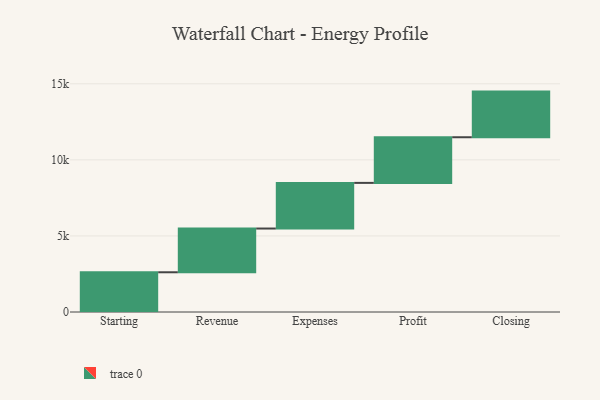
{"axis": {"x": "Step", "y": "Value"}, "legend": [""], "data": [{"x": "Starting", "y": 2611.0, "type": ""}, {"x": "Revenue", "y": 2875.0, "type": ""}, {"x": "Expenses", "y": 3000, "type": ""}, {"x": "Profit", "y": 3000, "type": ""}, {"x": "Closing", "y": 3000, "type": ""}]}